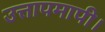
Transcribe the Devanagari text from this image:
उत्तापमापी।